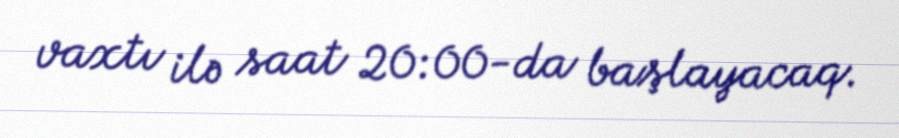
vaxtı ilə saat 20:00-da başlayacaq.